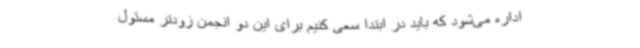
اداره می‌شود که باید در ابتدا سعی کنیم برای این دو انجمن زودتر مسئول